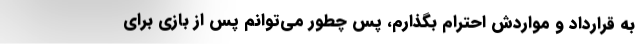
به قرارداد و مواردش احترام بگذارم، پس چطور می‌توانم پس از بازی برای